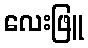
လေးဖြူ